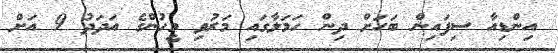
އިންޑިއާ ސިފައިން ބަހަށް ދިން ހަމަލާގައި މަރުވި މީހުންގެ އަދަދު 9 އަށް